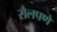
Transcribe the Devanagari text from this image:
सैलपणे